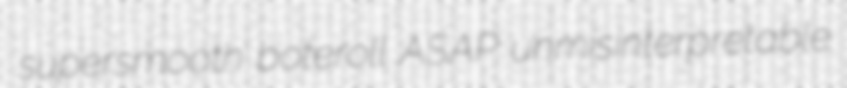
supersmooth boteroll ASAP unmisinterpretable